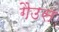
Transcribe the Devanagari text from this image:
गैउस